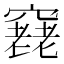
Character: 𥨔